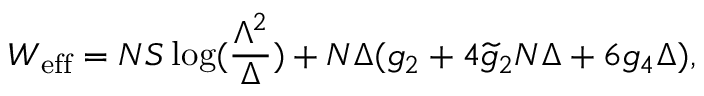
W _ { \mathrm { e f f } } = N S \log ( \frac { \Lambda ^ { 2 } } { \Delta } ) + N \Delta ( g _ { 2 } + 4 \widetilde { g } _ { 2 } N \Delta + 6 g _ { 4 } \Delta ) ,